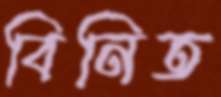
বিনিত